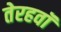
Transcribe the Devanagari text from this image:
तेरहवॉं